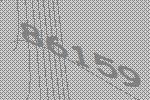
86159